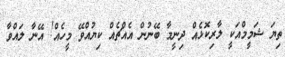
ތިޔަ ޝަމީމްއަކީ ލާރިކޮޅެއް ދިނީމާ ބޭނުން އެއްޗެއް ކިޔުއްވޭ މީހެއް! އޭނާ ލައްވާ